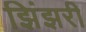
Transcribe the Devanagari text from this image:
झिंझरी